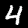
Digit: 4